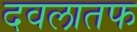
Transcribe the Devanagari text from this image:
दवलातफ